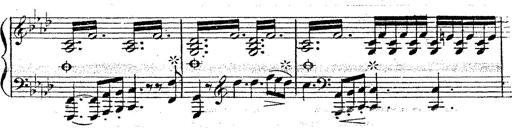
Title: 12 Lieder von Franz Schubert
Composer: Franz Liszt